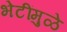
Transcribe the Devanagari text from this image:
भेटींमुळे